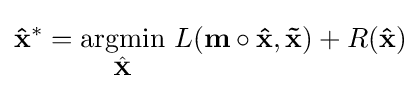
\mathbf {\hat {x}} ^{*}={\underset {\hat {\mathbf {X} }}{\text{argmin}}}~L(\mathbf {m} \circ \mathbf {\hat {x}} ,\mathbf {\tilde {x}} )+R(\mathbf {\hat {x}} )